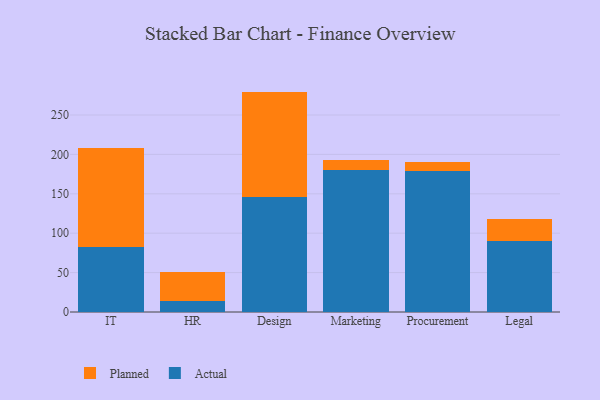
{"axis": {"x": "Department", "y": "Net Income (USD K)"}, "legend": ["Actual", "Planned"], "data": [{"x": "IT", "y": 82.6, "type": "Actual"}, {"x": "IT", "y": 125.5, "type": "Planned"}, {"x": "HR", "y": 13.9, "type": "Actual"}, {"x": "HR", "y": 36.9, "type": "Planned"}, {"x": "Design", "y": 145.9, "type": "Actual"}, {"x": "Design", "y": 133.8, "type": "Planned"}, {"x": "Marketing", "y": 179.7, "type": "Actual"}, {"x": "Marketing", "y": 13.1, "type": "Planned"}, {"x": "Procurement", "y": 178.9, "type": "Actual"}, {"x": "Procurement", "y": 11.3, "type": "Planned"}, {"x": "Legal", "y": 90.5, "type": "Actual"}, {"x": "Legal", "y": 27.5, "type": "Planned"}]}